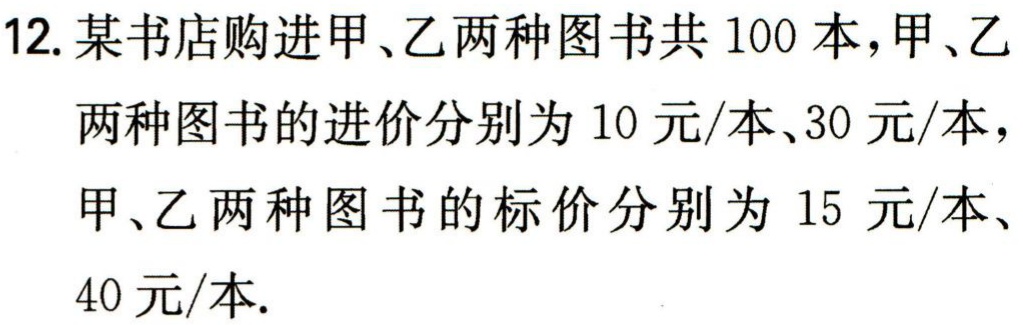
12. 某书店购进甲、乙两种图书共 100 本，甲、乙两种图书的进价分别为 10 元/本、30 元/本，甲、乙两种图书的标价分别为 15 元/本、40 元/本.